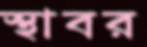
স্থাবর